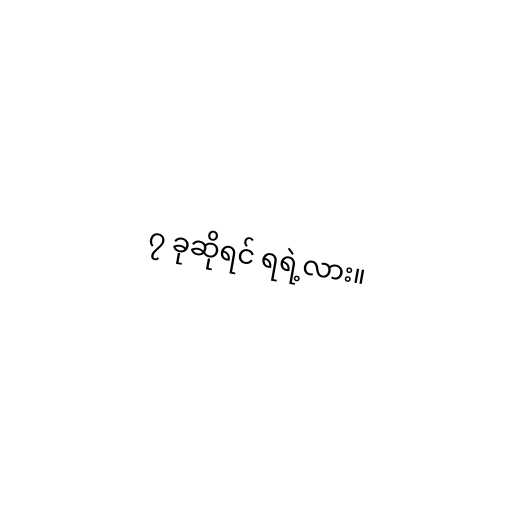
၇ ခုဆိုရင် ရရဲ့လား။